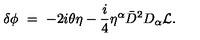
\delta \phi \ = \ - 2 i \theta \eta - { \frac { i } { 4 } } \eta ^ { \alpha } { \bar { D } } ^ { 2 } D _ { \alpha } { \cal L } .